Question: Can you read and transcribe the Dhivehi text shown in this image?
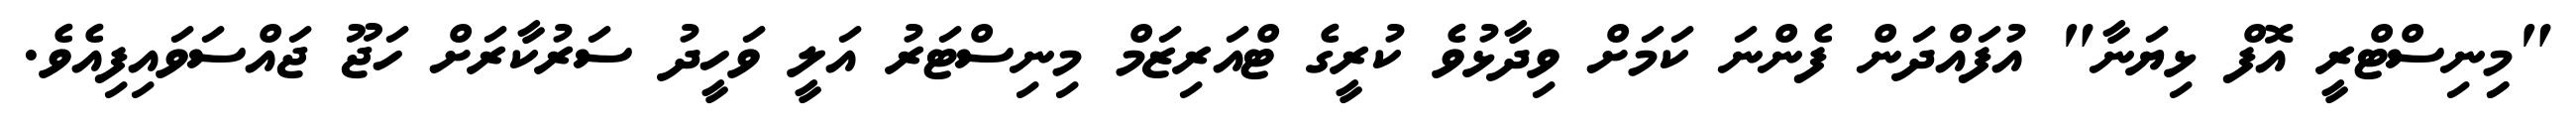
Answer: "މިިނިސްޓްރީ އޮފް ޅިޔަނާ" އުފައްދަން ފެންނަ ކަމަށް ވިދާޅުވެ ކުރީގެ ޓްއަރިޒަމް މިނިސްޓަރު އަލީ ވަހީދު ސަރުކާރަށް ހަޖޫ ޖައްސަވައިފިއެވެ.